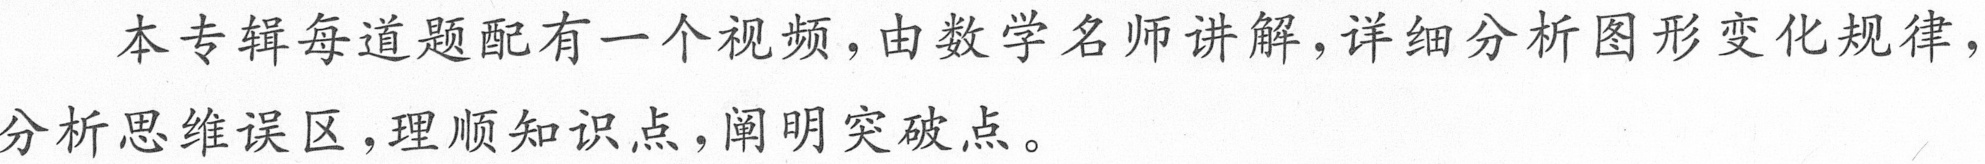
本专辑每道题配有一个视频，由数学名师讲解，详细分析图形变化规律，
分析思维误区，理顺知识点，阐明突破点。